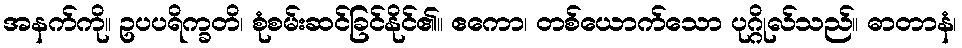
အနက်ကို။ ဥပပရိက္ခတိ၊ စုံစမ်းဆင်ခြင်နိုင်၏။ ဧကော၊ တစ်ယောက်သော ပုဂ္ဂိုလ်သည်။ ဓာတာနံ၊